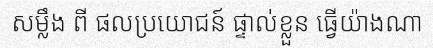
សម្លឹង ពី ផលប្រយោជន៍ ផ្ទាល់ខ្លួន ធ្វើយ៉ាងណា